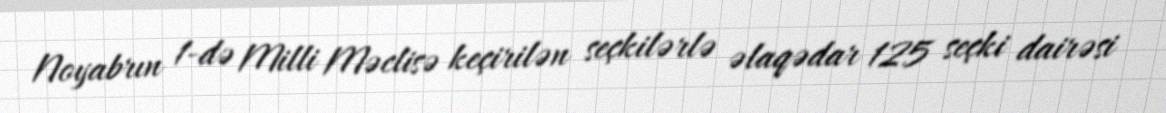
Noyabrın 1-də Milli Məclisə keçirilən seçkilərlə əlaqədar 125 seçki dairəsi